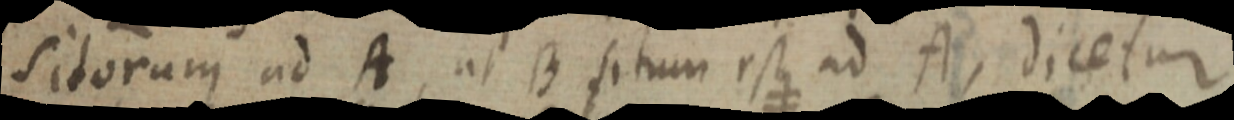
sitorum ad A, ut B situm est ad A, dicetur